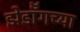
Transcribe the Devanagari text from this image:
झेडॉँगच्या